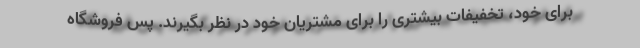
برای خود، تخفیفات بیشتری را برای مشتریان خود در نظر بگیرند. پس فروشگاه